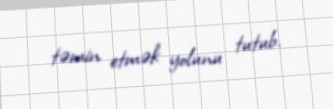
təmin etmək yolunu tutub.